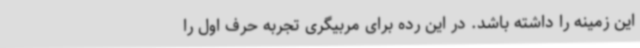
این زمینه را داشته باشد. در این رده برای مربیگری تجربه حرف اول را